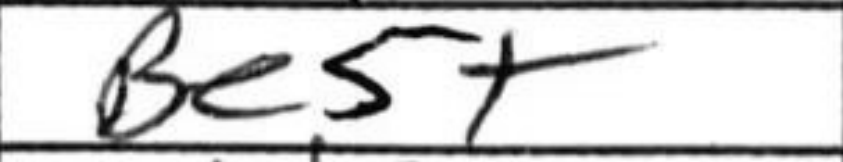
Transcription: Be5+